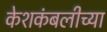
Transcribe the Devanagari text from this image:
केशकंबलीच्या